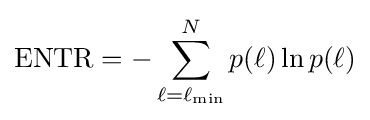
{\text{ENTR}}=-\sum _{\ell =\ell _{\min }}^{N}p(\ell )\ln p(\ell )